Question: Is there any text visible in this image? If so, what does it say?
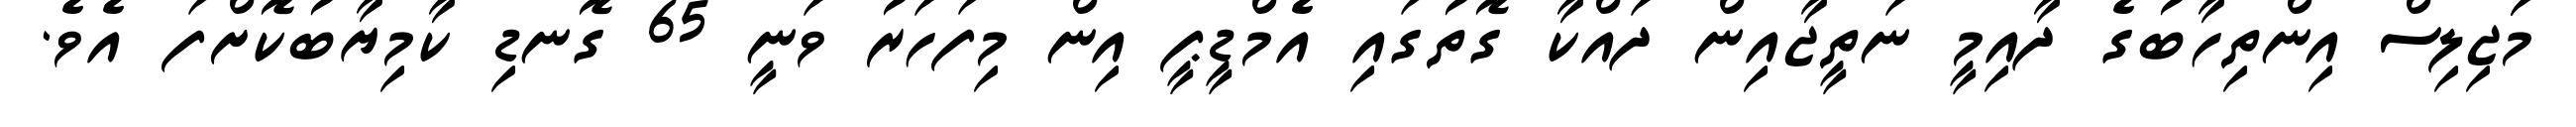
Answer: މަަޖިލިސް އިންތިހާބުގެ ދާއިމީ ނަތީޖާއިން ދައްކާ ގޮތުގައި އެމްޑީޕީ އިން މިފަހަރު ވަނީ 65 ގޮނޑި ކާމިޔާބުކޮށްފަ އެވެ.